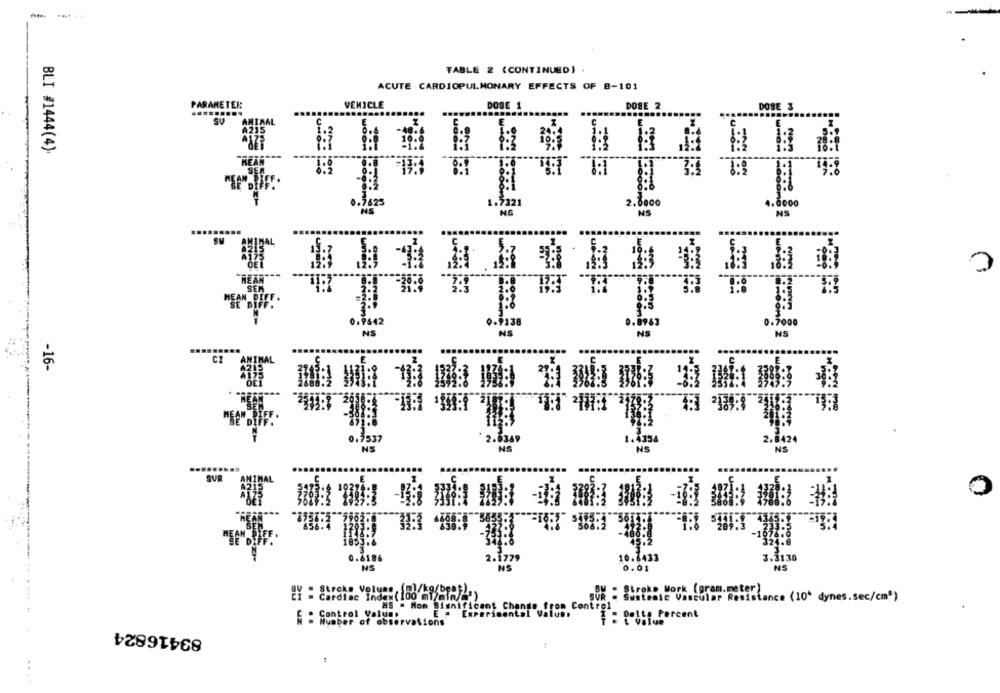
FABLE 2 (CONTINUED) .
ACUTE CARDIOPULMONARY EFFECTS OF 8-101
VEHICLE
PARAMETER
DOSE 1
DOSE 2
DOSE 3
BLI #1444(4).
REAR
0.7642
0.7000
NS
NS
-16-
0.7537
. 2. 6349
1.4354
2.8424
NS
NS
NS
NS
SVR
0
2.1779
10.1433
3.3130
NS
0.01
BY - Stroke Volume, (ml/kg/beat).
Cardiac Index ( 100 ml/min/a')
SOM : Stroke Work (gram.meter)
rate Vascular Resistance (10º dynes.sec/cm")
MS . Mom Blanificant Change from Control
Control Valunt
E = Experimental Value:
1 : Pelle Percent
Number of observations
83416824
: